Annual report of the Civil Veterinary Department, Bengal, and of the Bengal Veterinary College, for the year 1900-1901 - 1900-1901
Year: 1900
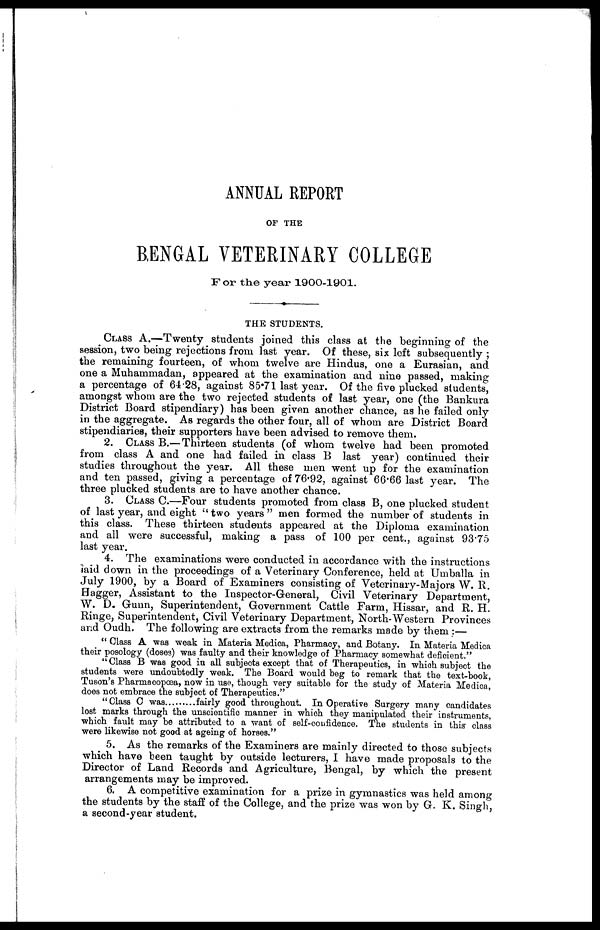
ANNUAL REPORT
OF THE
BENGAL VETERINARY COLLEGE
For the year 1900-1901.
THE STUDENTS.
CLASS A.—Twenty students joined this class at the beginning of the
session, two being rejections from last year. Of these, six left subsequently ;
the remaining fourteen, of whom twelve are Hindus, one a Eurasian, and
one a Muhammadan, appeared at the examination and nine passed, making
a percentage of 64.28, against 85.71 last year. Of the five plucked students,
amongst whom are the two rejected students of last year, one (the Bankura
District Board stipendiary) has been given another chance, as he failed only
in the aggregate. As regards the other four, all of whom are District Board
stipendiaries, their supporters have been advised to remove them.
2. CLASS B.— Thirteen students (of whom twelve had been promoted
from class A and one had failed in class B last year) continued their
studies throughout the year. All these men went up for the examination
and ten passed, giving a percentage of 76.92, against 66.66 last year. The
three plucked students are to have another chance.
3. CLASS C.—Four students promoted from class B, one plucked student
of last year, and eight " two years " men formed the number of students in
this class. These thirteen students appeared at the Diploma examination
and all were successful, making a pass of 100 per cent., against 93.75
last year.
4. The examinations were conducted in accordance with the instructions
Paid down in the proceedings of a Veterinary Conference, held at Umballa in
July 1900, by a Board of Examiners consisting of Veterinary-Majors W. R.
Hagger, Assistant to the Inspector-General, Civil Veterinary Department,
W. D. Gunn, Superintendent, Government Cattle Farm, Hissar, and R. H.
Ringe, Superintendent, Civil Veterinary Department, North-Western Provinces
and Oudh. The following are extracts from the remarks made by them :—
" Class A was weak in Materia Medica, Pharmacy, and Botany. In Materia Medica
their posology (doses) was faulty and their knowledge of Pharmacy somewhat deficient."
"Class B was good in all subjects except that of Therapeutics, in which subject the
students were undoubtedly weak. The Board would beg to remark that the text-book,
Tuson's Pharmacopoæa, now in use, though very suitable for the study of Materia Medica,
does not embrace the subject of Therapeutics."
"Class C was
fairly good throughout. In Operative Surgery many candidates
lost marks through the unscientific manner in which they manipulated their instruments,
which fault may be attributed to a want of self-coufidence. The students in this class
were likewise not good at ageing of horses."
5. As the remarks of the Examiners are mainly directed to those subjects
which have been taught by outside lecturers, I have made proposals to the
Director of Land Records and Agriculture, Bengal, by which the present
arrangements may be improved.
6. A competitive examination for a prize in gymnastics was held among
the students by the staff of the College, and the prize was won by G. K. Singh,
a second-year student.